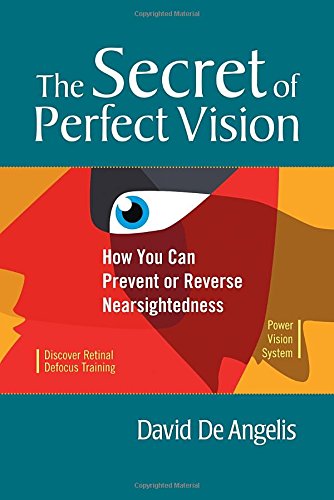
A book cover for The Secret of Perfect Vision: How You Can Prevent or Reverse Nearsightedness; David De Angelis; Health, Fitness & Dieting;